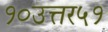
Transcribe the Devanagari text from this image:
१०उत्तर५१